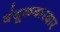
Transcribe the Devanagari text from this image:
बंदूकबारदार